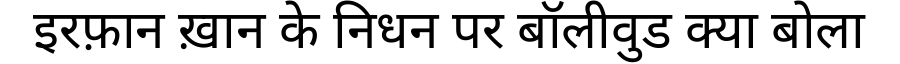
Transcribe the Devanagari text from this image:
इरफ़ान ख़ान के निधन पर बॉलीवुड क्या बोला